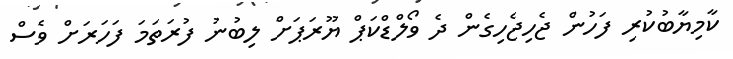
ކާމިޔާބުކުރި ފަހުން ޖެހިޖެހިގެން ދެ ވޯލްޑްކަޕް ޔޫރަޕަށް ލިބުނު ފުރަތަމަ ފަހަރަށް ވެސް